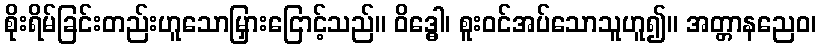
စိုးရိမ်ခြင်းတည်းဟူသောမြှားငြောင့်သည်။ ဝိဒ္ဓေါ၊ စူးဝင်အပ်သောသူဟူ၍။ အတ္တာနညေဝ၊